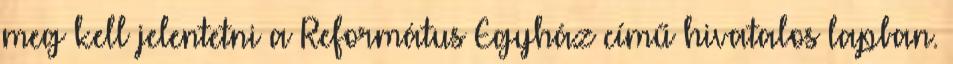
meg kell jelentetni a Református Egyház című hivatalos lapban.